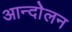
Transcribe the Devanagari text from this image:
आन्दोेलन